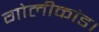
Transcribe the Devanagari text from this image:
गोलीकांड।